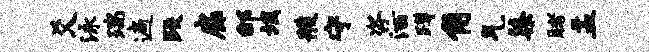
爻泳瑞遍跌扉邰坂艘守咨洒蹲角气染睹盂